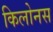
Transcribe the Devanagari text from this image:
किलोनस